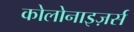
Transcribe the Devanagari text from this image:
कोलोनाइज़र्स